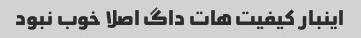
اینبار کیفیت هات داگ اصلا خوب نبود